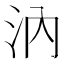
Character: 汭